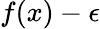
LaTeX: f(x)-\epsilon